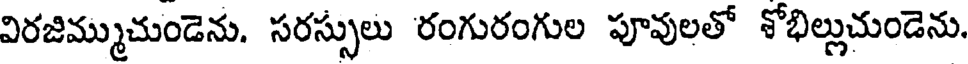
విరజిమ్ముచుండెను. సరస్సులు రంగురంగుల పూవులతో శోభిల్లుచుండెను.